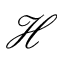
\mathcal { H }